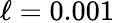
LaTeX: \ell=0.001